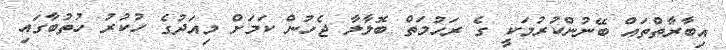
އިބާރާތްތައް ބޭނުންކުރުމަކީ ގެ ރަހުމަތް ބޮލާލާ ޖެހުން ކަމަށް މިއަދުގެ ހުކުރު ހުތުބާގައި